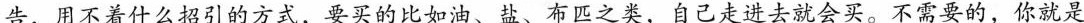
告，用不着什么招引的方式，要买的比如油盐、布匹之类，自己走进去就会买。不需要的，你就是